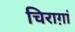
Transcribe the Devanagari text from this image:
चिराग़ां